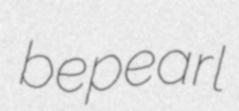
bepearl